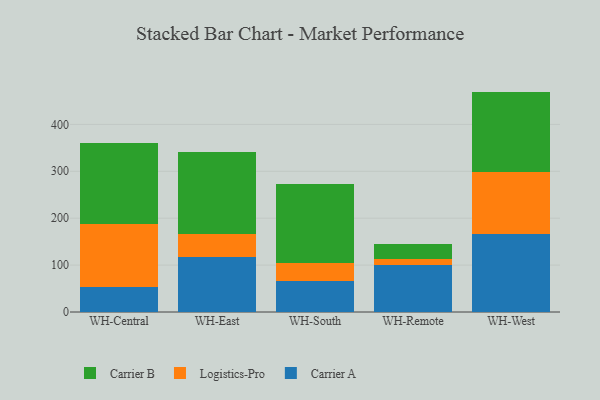
{"axis": {"x": "Warehouse", "y": "Bounce Rate (%)"}, "legend": ["Carrier A", "Carrier B", "Logistics-Pro"], "data": [{"x": "WH-Central", "y": 53.1, "type": "Carrier A"}, {"x": "WH-Central", "y": 134.5, "type": "Logistics-Pro"}, {"x": "WH-Central", "y": 173.5, "type": "Carrier B"}, {"x": "WH-East", "y": 117.1, "type": "Carrier A"}, {"x": "WH-East", "y": 48.9, "type": "Logistics-Pro"}, {"x": "WH-East", "y": 174.2, "type": "Carrier B"}, {"x": "WH-South", "y": 65.2, "type": "Carrier A"}, {"x": "WH-South", "y": 39.1, "type": "Logistics-Pro"}, {"x": "WH-South", "y": 167.6, "type": "Carrier B"}, {"x": "WH-Remote", "y": 100.5, "type": "Carrier A"}, {"x": "WH-Remote", "y": 11.9, "type": "Logistics-Pro"}, {"x": "WH-Remote", "y": 32.5, "type": "Carrier B"}, {"x": "WH-West", "y": 166.7, "type": "Carrier A"}, {"x": "WH-West", "y": 132.8, "type": "Logistics-Pro"}, {"x": "WH-West", "y": 170.4, "type": "Carrier B"}]}